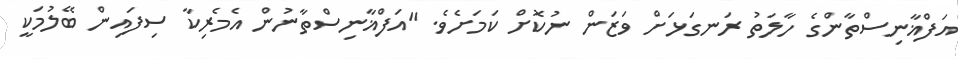
އަފްޣާނިސްތާންގެ ހާލަތު ރަނގަޅަށް ވަޒަން ނުކޮށް ކަމަށެވެ. "އަފްޣާނިސްތާނުން އެމެރިކާ ސިފައިން ބޭލުމަކީ